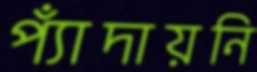
প্যাঁদায়নি